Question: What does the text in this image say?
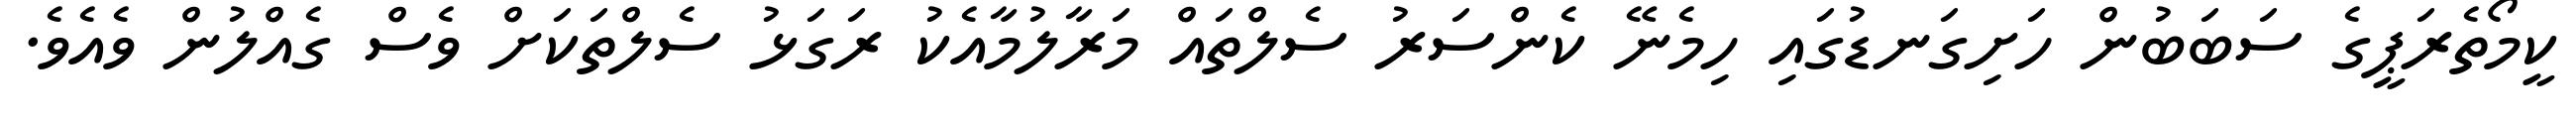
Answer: ކީމޯތެރަޕީގެ ސަބަބުން ހަށިގަނޑުގައި ހިމެނޭ ކެންސަރު ސެލްތައް މަރާލުމާއެކު ރަގަޅު ސެލްތަކަށް ވެސް ގެއްލުން ވެއެވެ.